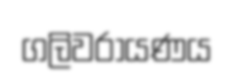
ගලිවරායණය